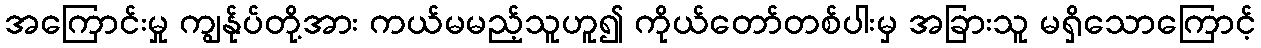
အကြောင်းမှု ကျွန်ုပ်တို့အား ကယ်မမည့်သူဟူ၍ ကိုယ်တော်တစ်ပါးမှ အခြားသူ မရှိသောကြောင့်